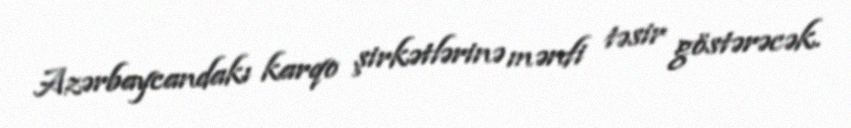
Azərbaycandakı karqo şirkətlərinə mənfi təsir göstərəcək.